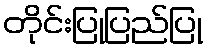
တိုင်းပြုပြည်ပြု